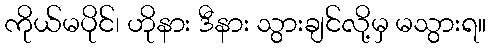
ကိုယ်မပိုင်၊ ဟိုနား ဒီနား သွားချင်လို့မှ မသွားရ။